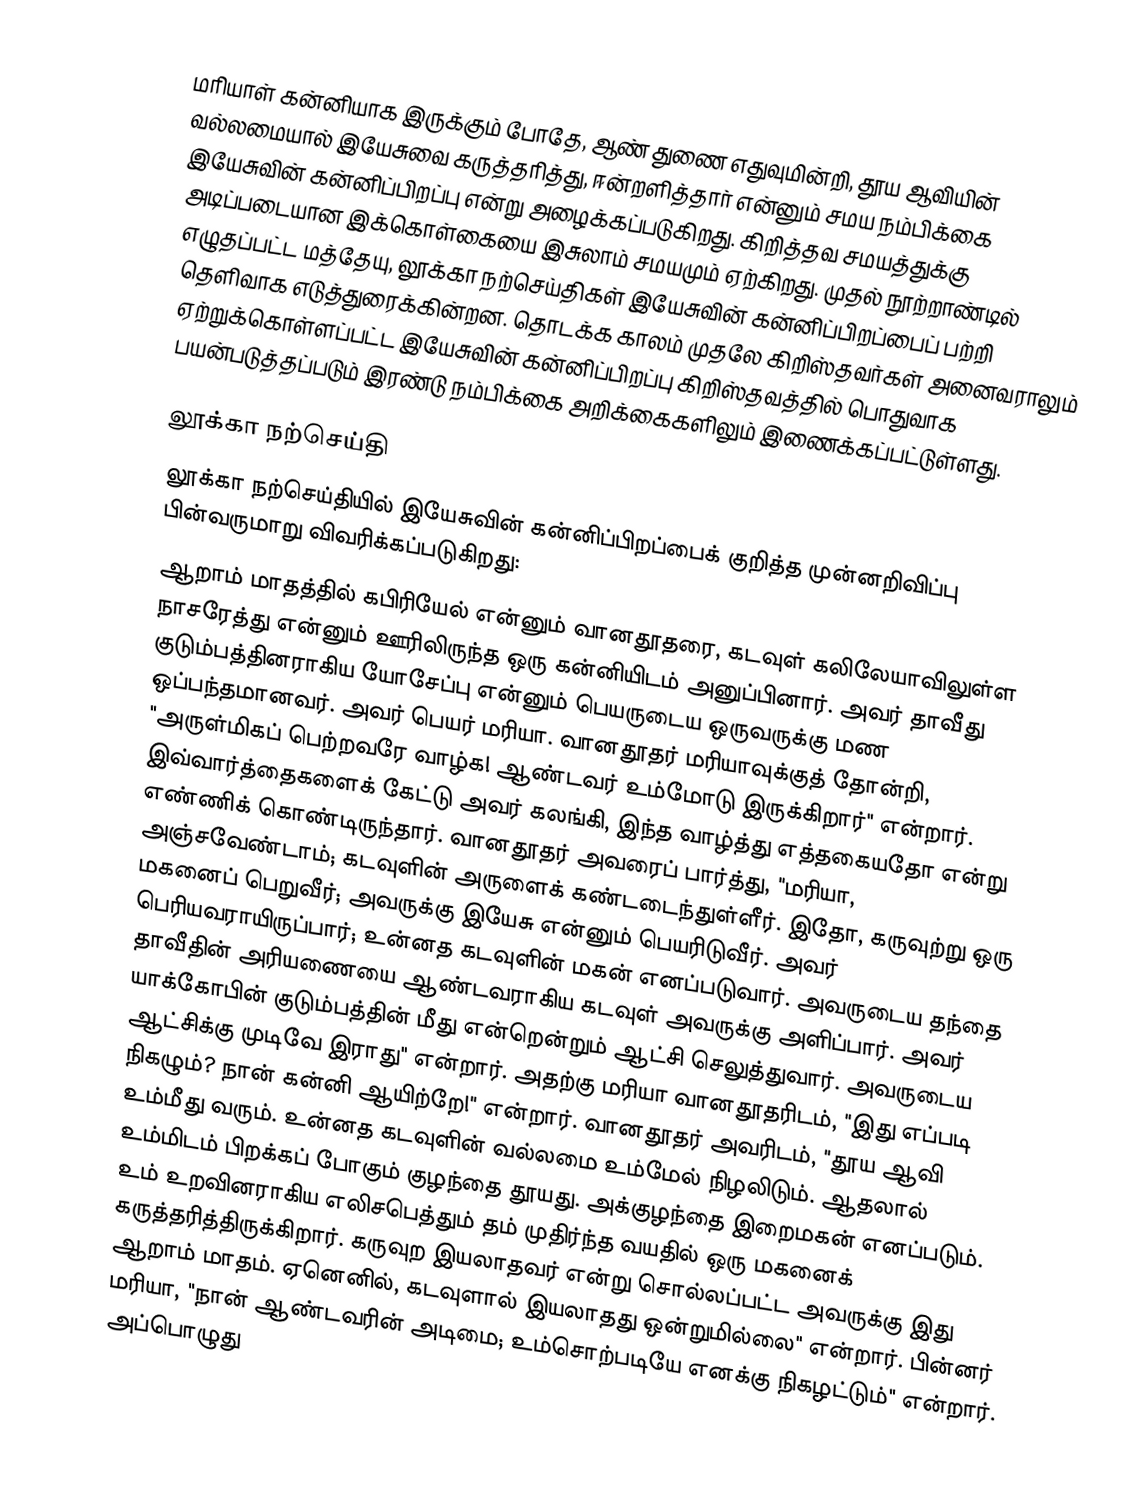
மரியாள் கன்னியாக இருக்கும் போதே, ஆண் துணை எதுவுமின்றி, தூய ஆவியின் வல்லமையால்  இயேசுவை கருத்தரித்து, ஈன்றளித்தார் என்னும் சமய நம்பிக்கை இயேசுவின் கன்னிப்பிறப்பு என்று அழைக்கப்படுகிறது. கிறித்தவ சமயத்துக்கு அடிப்படையான இக்கொள்கையை  இசுலாம் சமயமும் ஏற்கிறது. முதல் நூற்றாண்டில் எழுதப்பட்ட மத்தேயு, லூக்கா நற்செய்திகள் இயேசுவின் கன்னிப்பிறப்பைப் பற்றி தெளிவாக எடுத்துரைக்கின்றன. தொடக்க காலம் முதலே கிறிஸ்தவர்கள் அனைவராலும் ஏற்றுக்கொள்ளப்பட்ட இயேசுவின் கன்னிப்பிறப்பு கிறிஸ்தவத்தில் பொதுவாக பயன்படுத்தப்படும் இரண்டு நம்பிக்கை அறிக்கைகளிலும் இணைக்கப்பட்டுள்ளது.

லூக்கா நற்செய்தி
லூக்கா நற்செய்தியில் இயேசுவின் கன்னிப்பிறப்பைக் குறித்த முன்னறிவிப்பு பின்வருமாறு விவரிக்கப்படுகிறது:
 ஆறாம் மாதத்தில் கபிரியேல் என்னும் வானதூதரை, கடவுள் கலிலேயாவிலுள்ள நாசரேத்து என்னும் ஊரிலிருந்த ஒரு கன்னியிடம் அனுப்பினார். அவர் தாவீது குடும்பத்தினராகிய யோசேப்பு என்னும் பெயருடைய ஒருவருக்கு மண ஒப்பந்தமானவர். அவர் பெயர் மரியா. வானதூதர் மரியாவுக்குத் தோன்றி, "அருள்மிகப் பெற்றவரே வாழ்க! ஆண்டவர் உம்மோடு இருக்கிறார்" என்றார். இவ்வார்த்தைகளைக் கேட்டு அவர் கலங்கி, இந்த வாழ்த்து எத்தகையதோ என்று எண்ணிக் கொண்டிருந்தார். வானதூதர் அவரைப் பார்த்து, "மரியா, அஞ்சவேண்டாம்; கடவுளின் அருளைக் கண்டடைந்துள்ளீர். இதோ, கருவுற்று ஒரு மகனைப் பெறுவீர்; அவருக்கு இயேசு என்னும் பெயரிடுவீர். அவர் பெரியவராயிருப்பார்; உன்னத கடவுளின் மகன் எனப்படுவார். அவருடைய தந்தை தாவீதின் அரியணையை ஆண்டவராகிய கடவுள் அவருக்கு அளிப்பார். அவர் யாக்கோபின் குடும்பத்தின் மீது என்றென்றும் ஆட்சி செலுத்துவார். அவருடைய ஆட்சிக்கு முடிவே இராது" என்றார். அதற்கு மரியா வானதூதரிடம், "இது எப்படி நிகழும்? நான் கன்னி ஆயிற்றே!" என்றார். வானதூதர் அவரிடம், "தூய ஆவி உம்மீது வரும். உன்னத கடவுளின் வல்லமை உம்மேல் நிழலிடும். ஆதலால் உம்மிடம் பிறக்கப் போகும் குழந்தை தூயது. அக்குழந்தை இறைமகன் எனப்படும். உம் உறவினராகிய எலிசபெத்தும் தம் முதிர்ந்த வயதில் ஒரு மகனைக் கருத்தரித்திருக்கிறார். கருவுற இயலாதவர் என்று சொல்லப்பட்ட அவருக்கு இது ஆறாம் மாதம். ஏனெனில், கடவுளால் இயலாதது ஒன்றுமில்லை" என்றார். பின்னர் மரியா, "நான் ஆண்டவரின் அடிமை; உம்சொற்படியே எனக்கு நிகழட்டும்" என்றார். அப்பொழுது